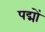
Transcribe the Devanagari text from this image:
पद्मों